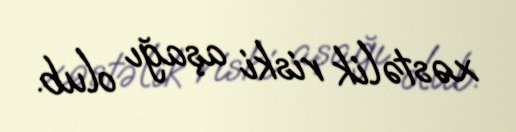
xəstəlik riski aşağı olub.